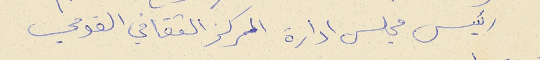
رئيس مجلس ادارة المركز الثقافي القومي